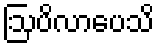
ဩပိလာပေသိ